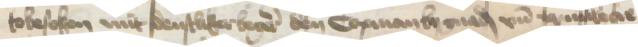
tobesoken mit denstliker begeren den Copman by gnad vnd priuilege